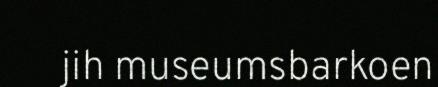
jih museumsbarkoen